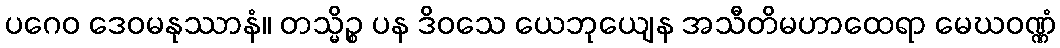
ပဂေဝ ဒေဝမနုဿာနံ။ တသ္မိဉ္စ ပန ဒိဝသေ ယေဘုယျေန အသီတိမဟာထေရာ မေဃဝဏ္ဏံ